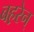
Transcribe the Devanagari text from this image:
बह़रेन्